Trukikaitis_Postimees, lk 7
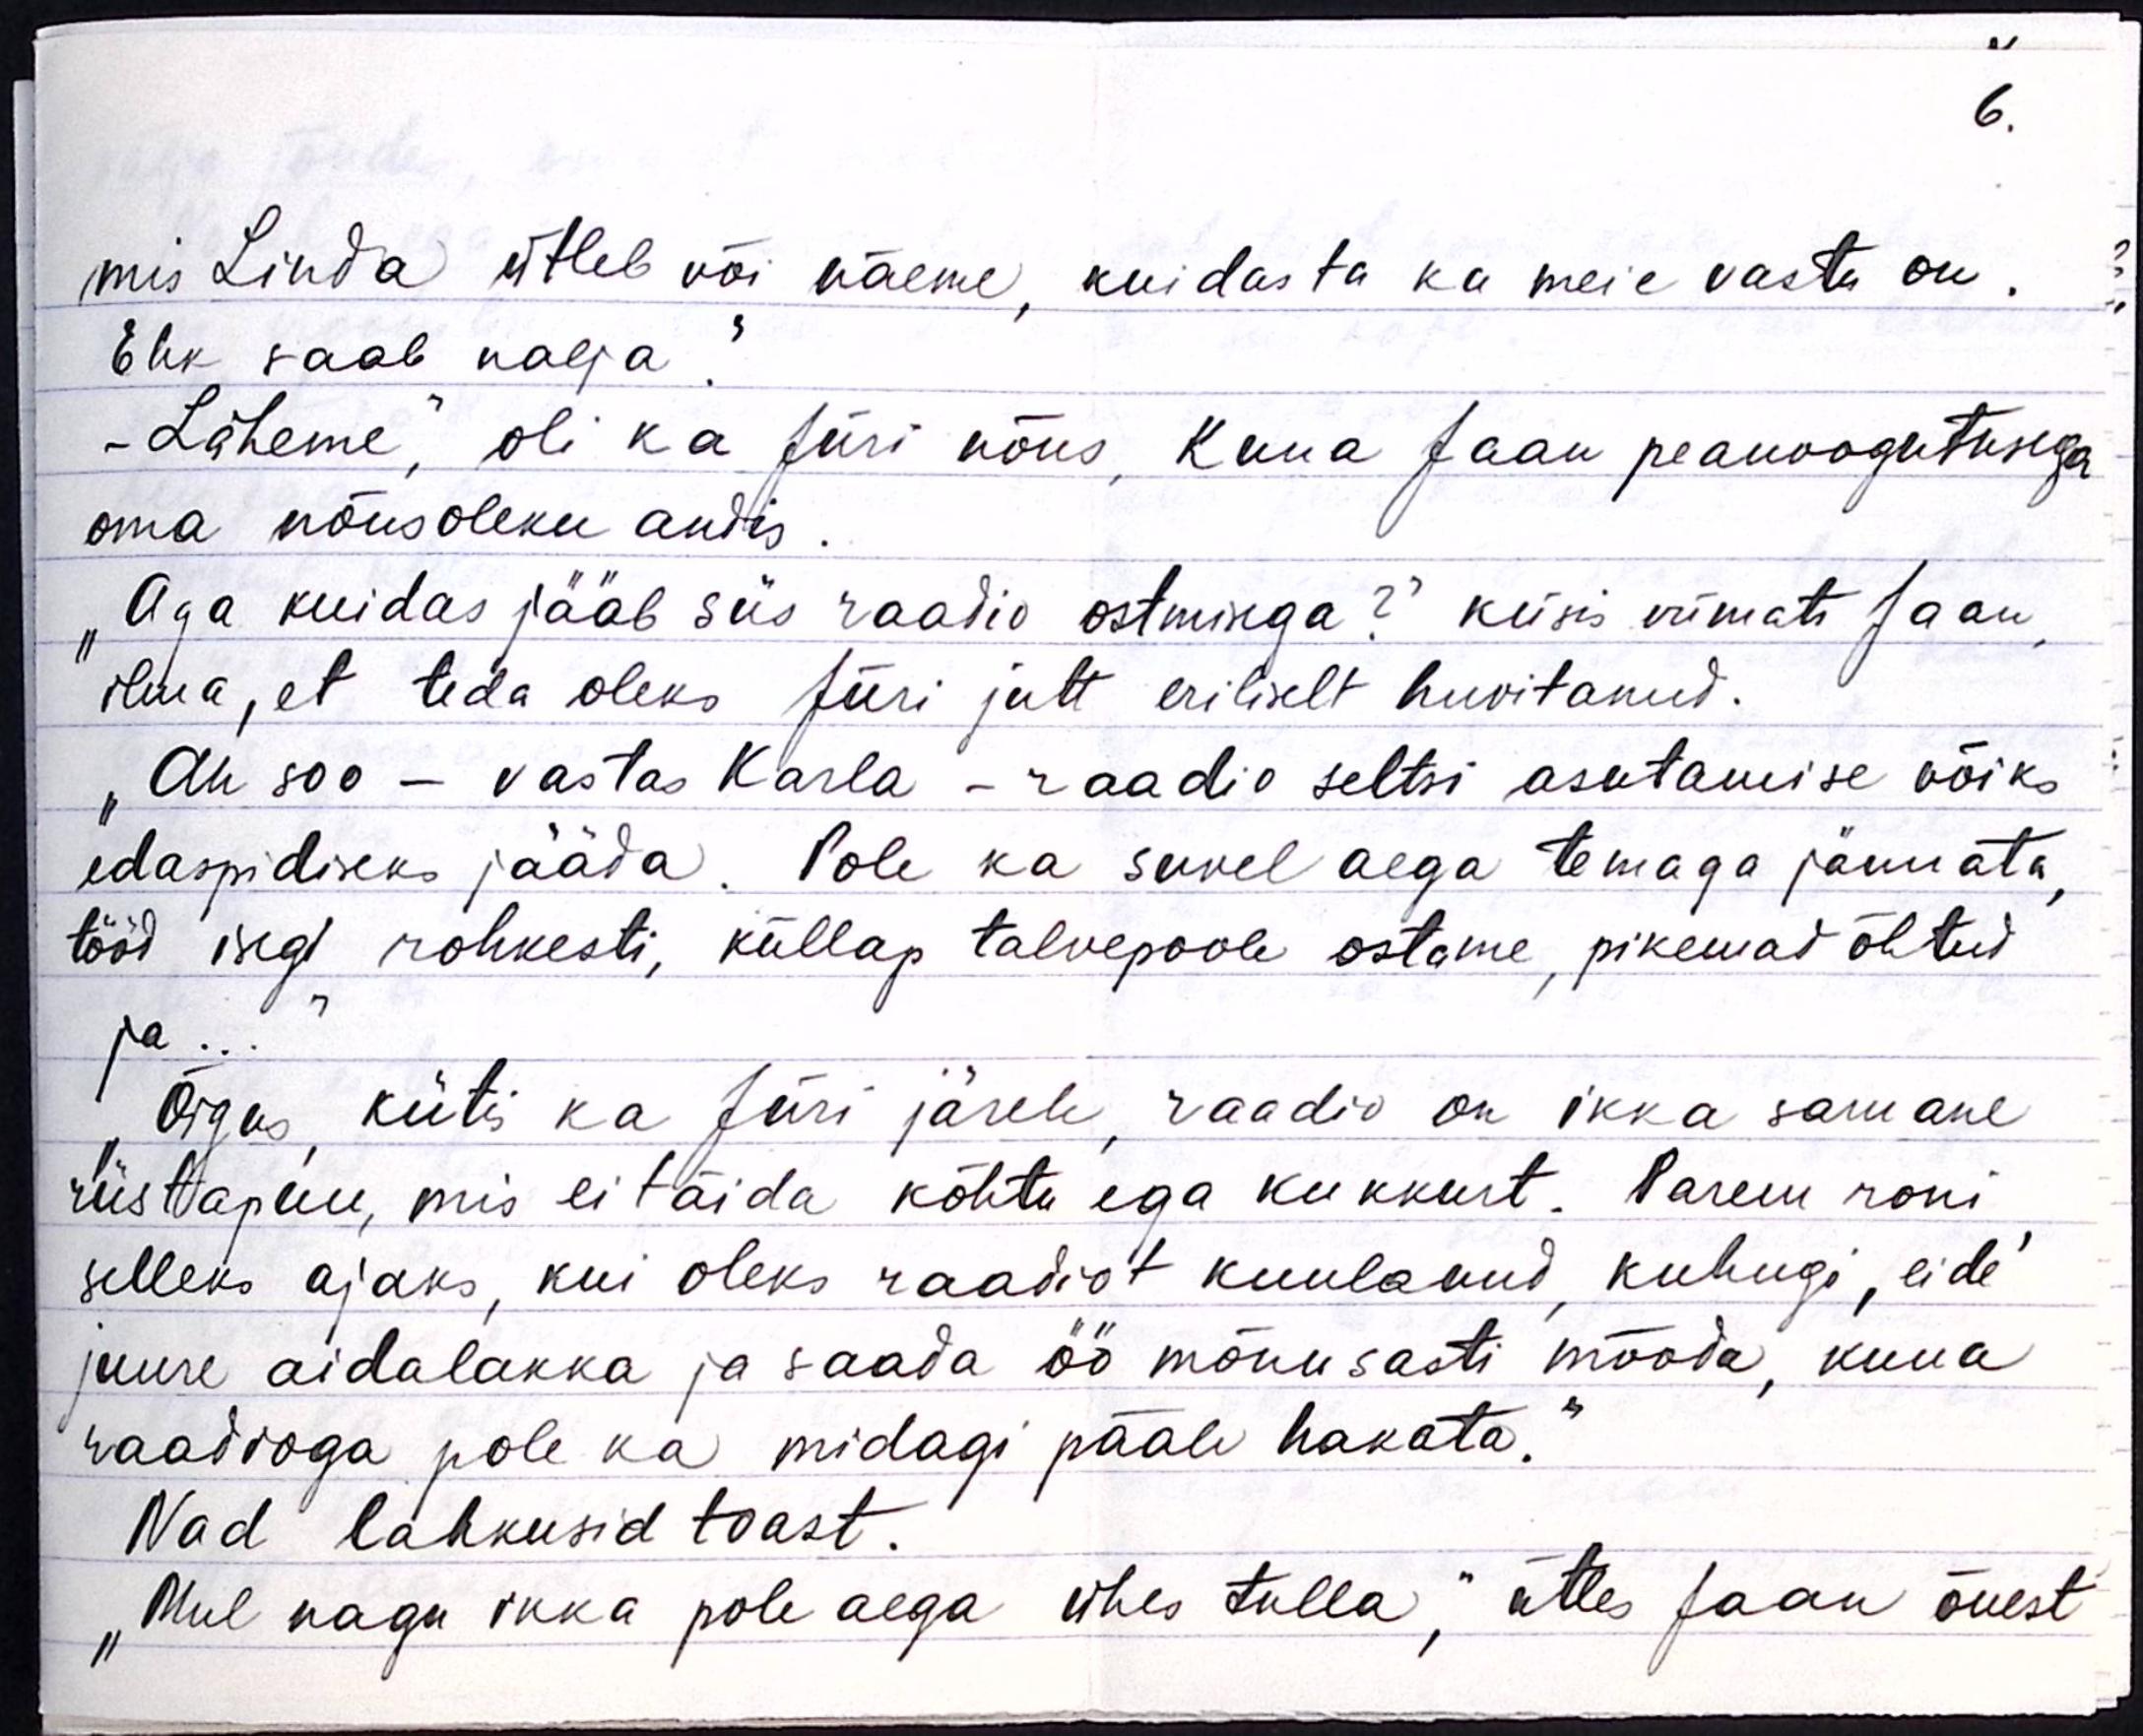
6.

mis Linda ütleb või näeme, kuidas ta ka meie vastu on.
Ehk saab nalja.“
- Läheme, oli ka Jüri nõus, kuna Jaan peanoogutusega
oma nõusoleku andis.
„Aga kuidas jääb siis raadio ostmisega?“ küsis viimati Jaan,
ilma, et teda oleks Jüri jutt eriliselt huvitanud.
"Ah soo - vastas Karla - raadio seltsi asutamise võiks
edaspidiseks jääda. Pole ka suvel aega temaga jännata,
tööd iseg rohkesti, küllap talvepoole ostame, pikemad õhtud
ja..."
Õigus kiitis ka Jüri järele, raadio on ikka samane
riistapuu, mis ei täida kõhtu ega kukkurt. Parem roni
selleks ajaks, kui oleks raadiot kuulanud, kuhugi, eide
juure aidalakka ja saada öö mõnusasti mööda, kuna
raadioga pole ka midagi pääle hakata."
Nad lahkusid toast.
„Mul nagu ikka pole aega ühes tulla,“ ütles Jaan õuest